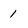
Character: 1